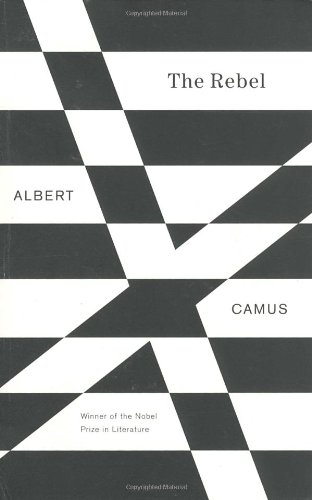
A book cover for The Rebel: An Essay on Man in Revolt; Albert Camus; Literature & Fiction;